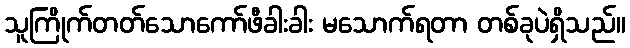
သူကြိုက်တတ်သောကော်ဖီခါးခါး မသောက်ရတာ တစ်ခုပဲရှိသည်။